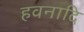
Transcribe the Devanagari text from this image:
हवनादि